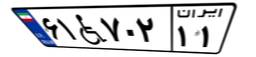
۴۰W۷۱۶۴۸